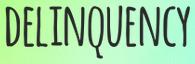
DELINQUENCY